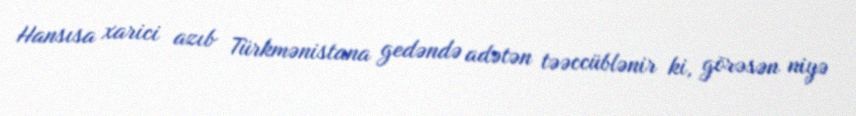
Hansısa xarici azıb Türkmənistana gedəndə adətən təəccüblənir ki, görəsən niyə